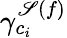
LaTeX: \gamma_{c_{i}}^{\mathscr{S}(f)}